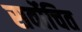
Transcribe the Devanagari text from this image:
सर्वोचित